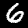
Digit: 6